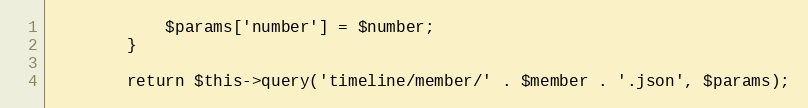
Language: PHP
            $params['number'] = $number;
        }

        return $this->query('timeline/member/' . $member . '.json', $params);